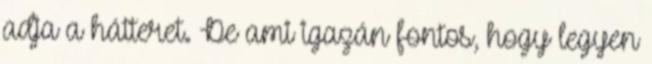
adja a hátteret. De ami igazán fontos, hogy legyen